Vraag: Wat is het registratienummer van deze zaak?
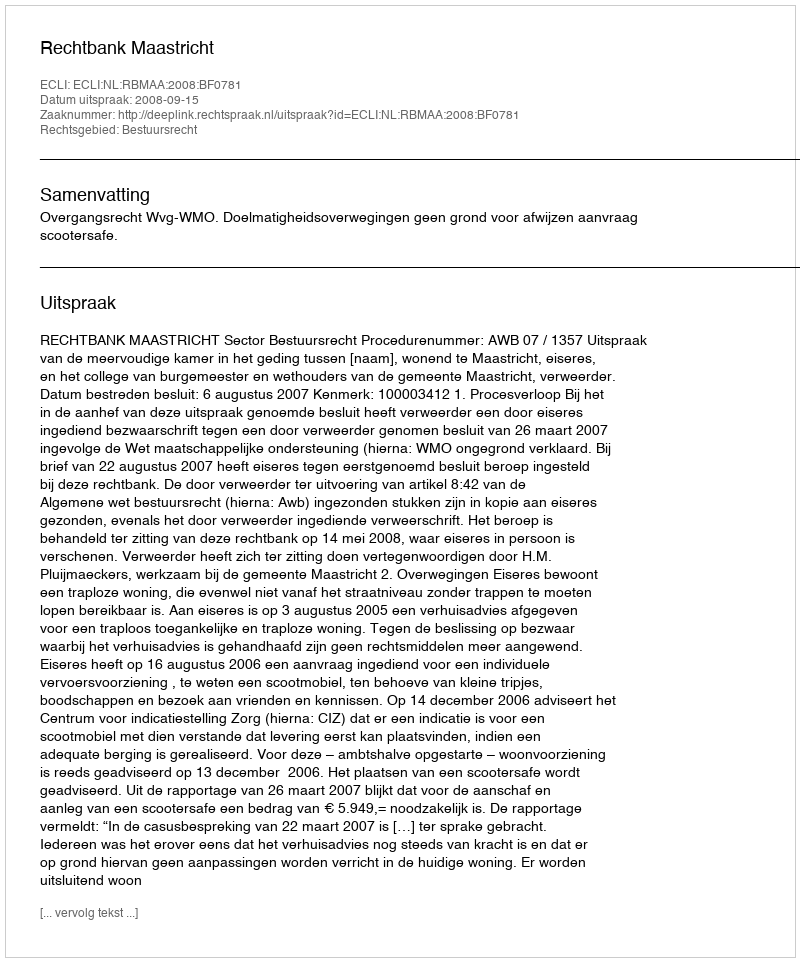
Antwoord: http://deeplink.rechtspraak.nl/uitspraak?id=ECLI:NL:RBMAA:2008:BF0781